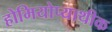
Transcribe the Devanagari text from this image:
होमियोप्याथीक